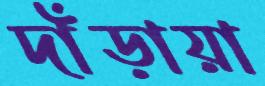
দাঁড়ায়া